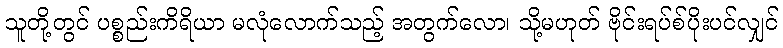
သူတို့တွင် ပစ္စည်းကိရိယာ မလုံလောက်သည့် အတွက်လော၊ သို့မဟုတ် ဗိုင်းရပ်စ်ပိုးပင်လျှင်